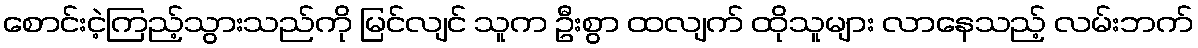
စောင်းငဲ့ကြည့်သွားသည်ကို မြင်လျင် သူက ဦးစွာ ထလျက် ထိုသူများ လာနေသည့် လမ်းဘက်